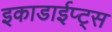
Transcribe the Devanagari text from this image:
इकाडाईप्ट्स